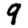
Digit: 9